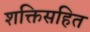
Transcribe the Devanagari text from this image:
शक्तिसहित